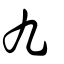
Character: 九